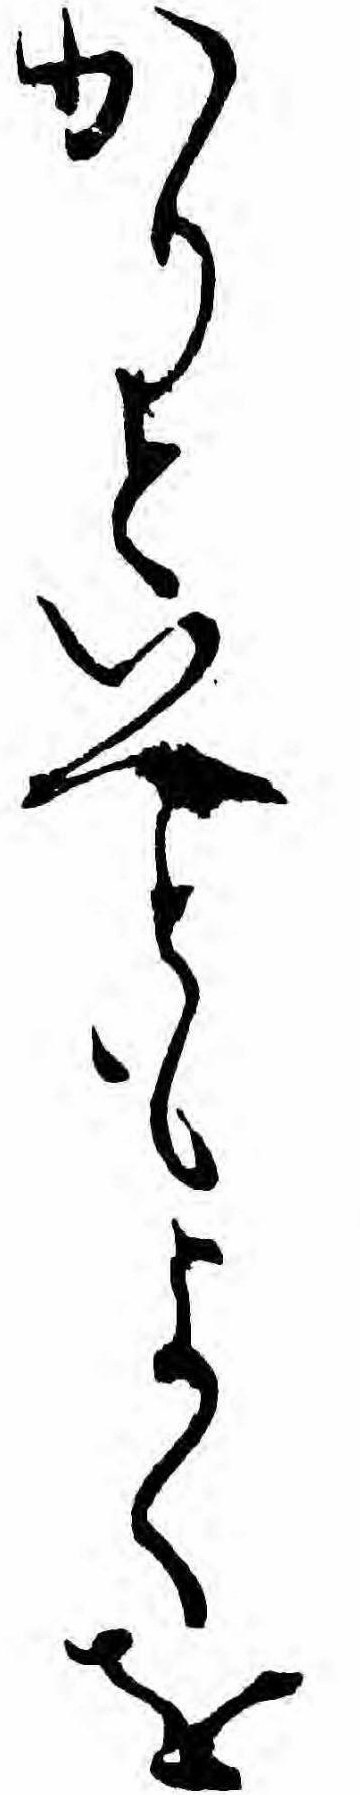
かりといへともよくを